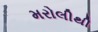
મરોલીથી